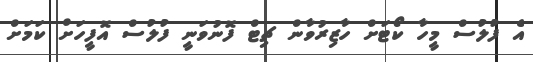
އެ ފުލުސް މީހާ ކޯޓަށް ހާޒިރުވާން ޗިޓް ފޮނުވަނީ ފުލުސް އޮފީހަށް ކަމަށް